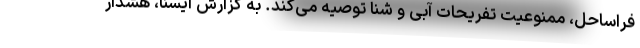
فراساحل، ممنوعیت تفریحات آبی و شنا توصیه می‌کند. به گزارش ایسنا، هشدار